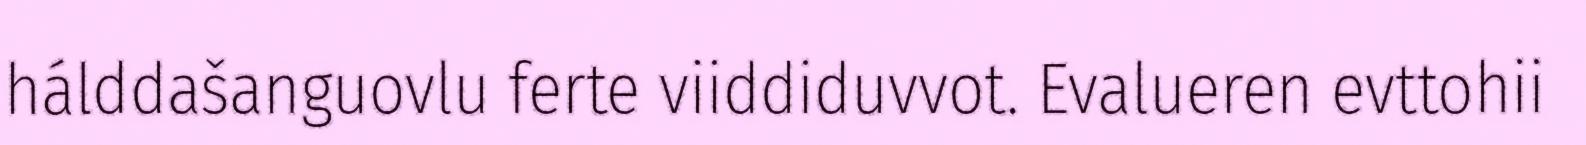
hálddašanguovlu ferte viiddiduvvot. Evalueren evttohii